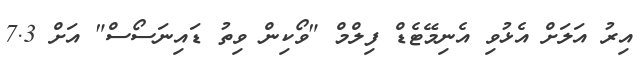
އިރު އަލަށް އެޅުވި އެނިމޭޓެޑް ފިލްމް "ވޯކިން ވިތު ޑައިނަސޯސް" އަށް 7.3